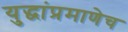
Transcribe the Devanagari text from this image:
युद्धांप्रमाणेच